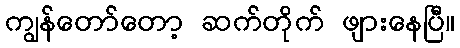
ကျွန်တော်တော့ ဆက်တိုက် ဖျားနေပြီ။